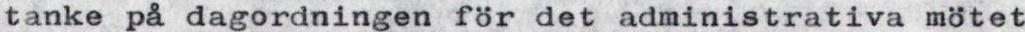
tanke på dagordningen för det administrativa mötet